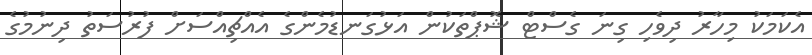
އެކަމަކު މިހާރު ދިވެހި ގިނަ ގެސްޓް ޝޮޕްތަކުން އަޅުގަނޑުމެންގެ އެއްޗިއްސަށް ފުރުސަތު ދިނުމުގެ